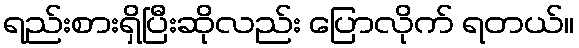
ရည်းစားရှိပြီးဆိုလည်း ပြောလိုက် ရတယ်။